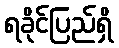
ရခိုင်ပြည်ရှိ